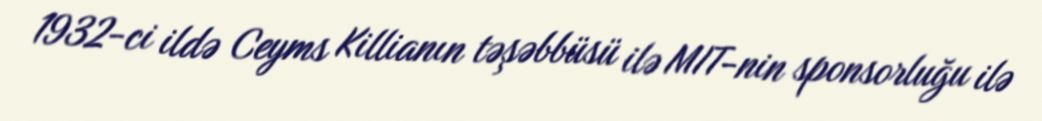
1932-ci ildə Ceyms Killianın təşəbbüsü ilə MIT-nin sponsorluğu ilə